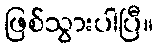
ဖြစ်သွားပါပြီ။